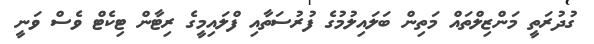
ގުދުރަތީ މަންޒިލްތައް މަތިން ބަލައިލުމުގެ ފުރުސަތާއި ފްލައިމީގެ ރިޓާން ޓިކެޓް ވެސް ވަނީ